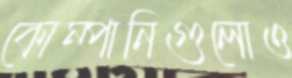
কোম্পানিগুলোও